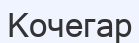
Кочегар